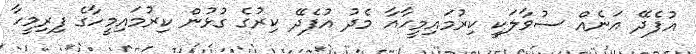
އުފެދޭ އަނެއް ސުވާލަކީ ކިރުމައިމީހާއާ މެދު އުފެދޭ ކިރުގެ ގުޅުން ކިރުމައިމީހާގެ ފިރިމީހާ